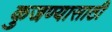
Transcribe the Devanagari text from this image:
कुजण्यासाठी